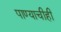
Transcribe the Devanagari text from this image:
पाण्याचीही